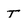
Character: T